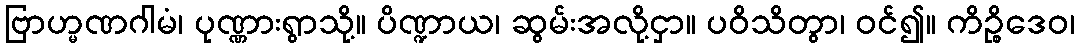
ဗြာဟ္မဏဂါမံ၊ ပုဏ္ဏားရွာသို့။ ပိဏ္ဍာယ၊ ဆွမ်းအလို့ငှာ။ ပဝိသိတွာ၊ ဝင်၍။ ကိဉ္စိဒေဝ၊